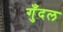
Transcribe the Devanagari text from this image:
गुँदल